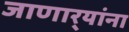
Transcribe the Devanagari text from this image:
जाणार्‍यांना